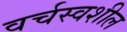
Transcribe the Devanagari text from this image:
वर्चस्वशील